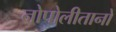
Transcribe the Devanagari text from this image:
नोपोलीतानो